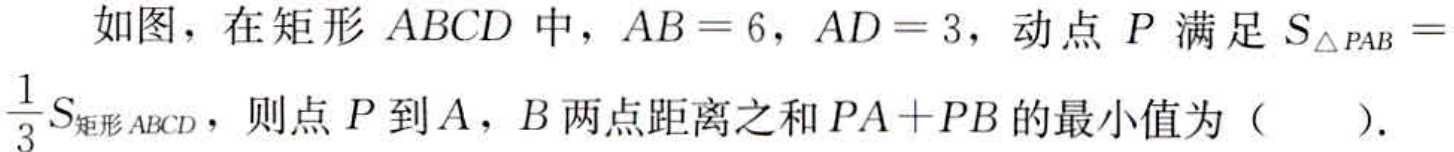
如图，在矩形 \(ABCD\) 中，\(AB = 6\)，\(AD = 3\)，动点 \(P\) 满足 \(S_{\triangle PAB}=\frac{1}{3}S_{矩形ABCD}\)，则点 \(P\) 到 \(A\)，\(B\) 两点距离之和 \(PA + PB\) 的最小值为（  ）.